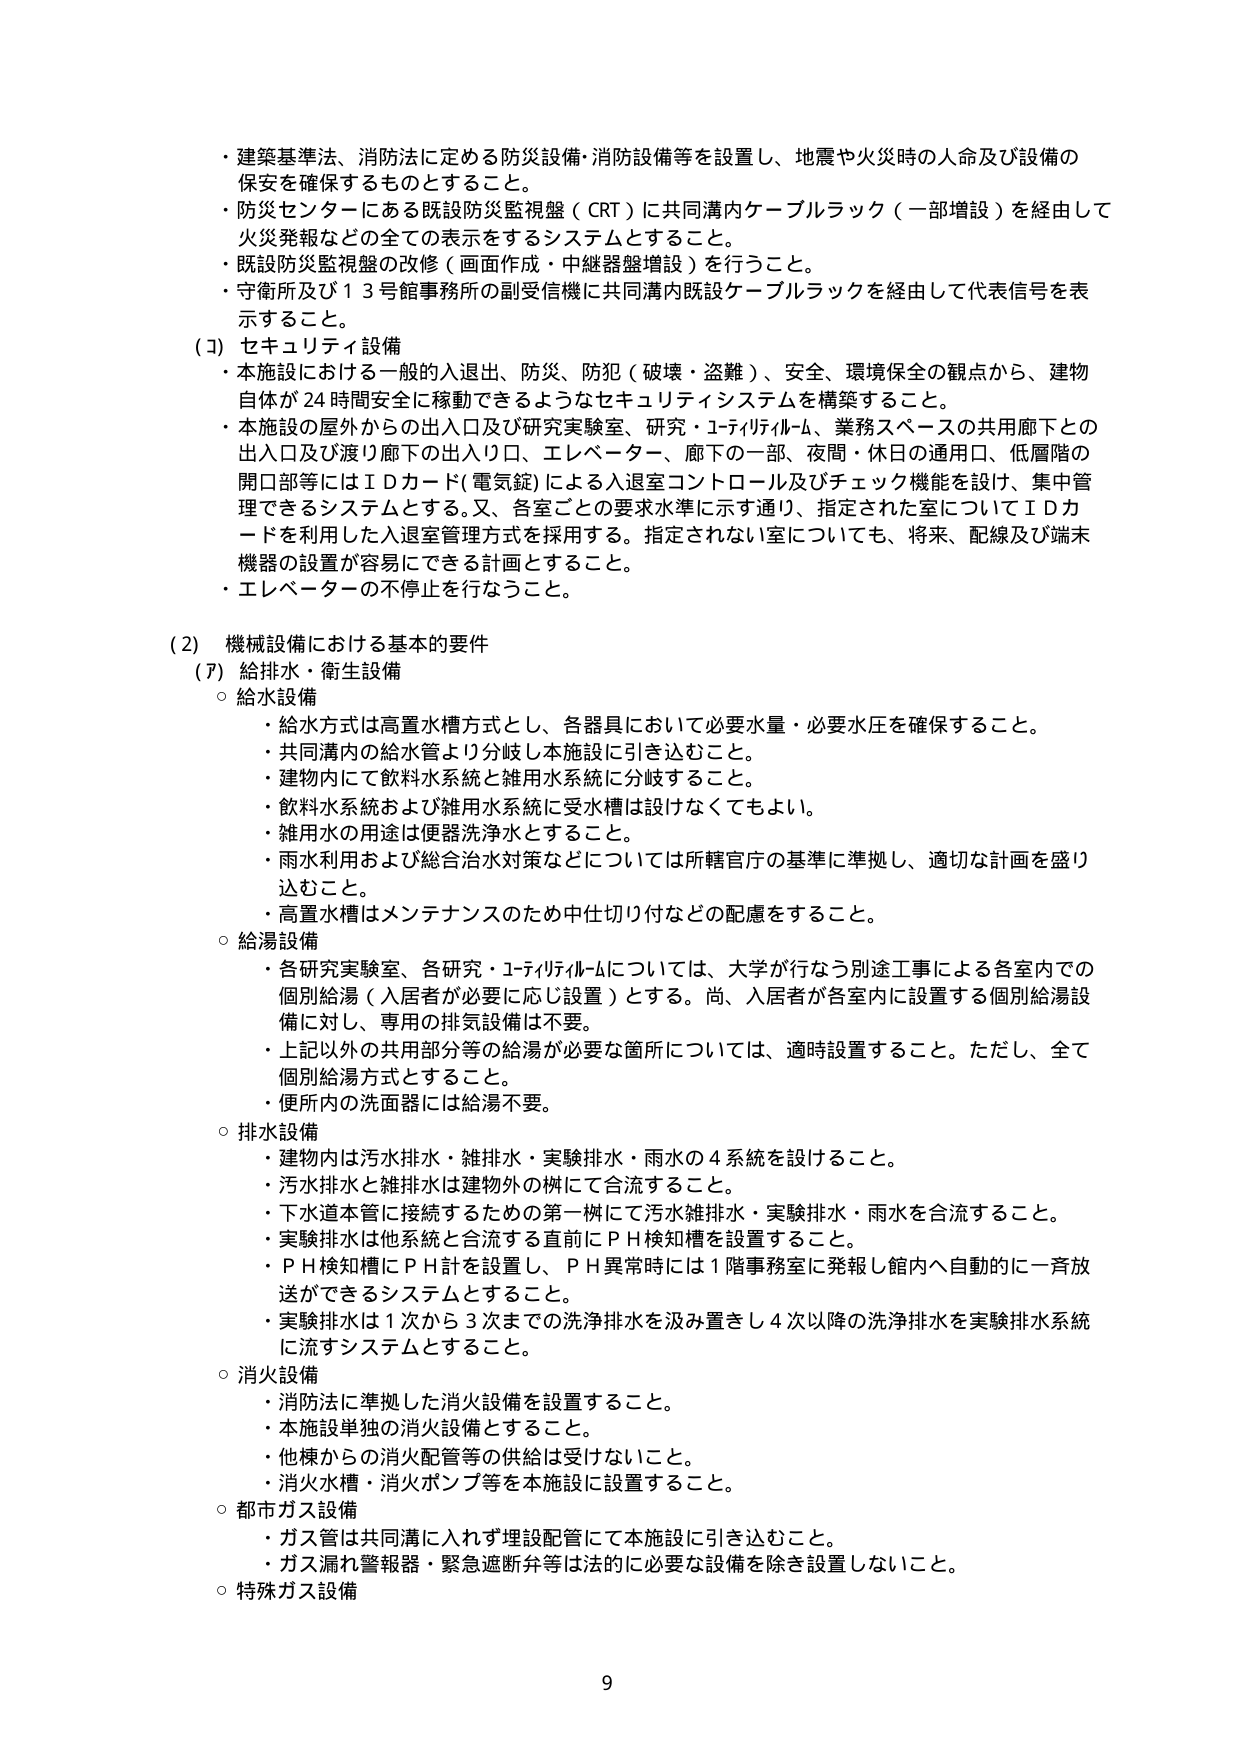
・建築基準法、消防法に定める防災設備・消防設備等を設置し、地震や火災時の人命及び設備の保安を確保するものとすること。
・防災センターにある既設防災監視盤（CRT）に共同溝内ケーブルラック（一部増設）を経由して火災発報などの全ての表示をするシステムとすること。
・既設防災監視盤の改修（画面作成・中継器盤増設）を行うこと。
・守衛所及び１３号館事務所の副受信機に共同溝内既設ケーブルラックを経由して代表信号を表示すること。

（3）セキュリティ設備
・本施設における一般的入退出、防災、防犯（破壊・盗難）、安全、環境保全の観点から、建物自体が24時間安全に移動できるようなセキュリティシステムを構築すること。
・本施設の屋外からの出入口及び研究実験室、研究・ユーティリティルーム、業務スペースの共用廊下との出入口及び渡り廊下の出入口、エレベーター、廊下の一部、夜間・休日の通用口、低層階の開口部等にはＩＤカード（電気錠）による入退室コントロール及びチェック機能を設け、集中管理できるシステムとする。又、各室ごとの要求水準に示す通り、指定された室についてはＩＤカードを利用した入退室管理方式を採用する。指定されない室についても、将来、配線及び端末機器の設置が容易にできる計画とすること。
・エレベーターの不停止を行なうこと。

（2）機械設備における基本的要件
（7）給排水・衛生設備
○ 給水設備
・給水方式は高置水槽方式とし、各器具において必要水量・必要水圧を確保すること。
・共同溝内の給水管より分岐し本施設に引き込むこと。
・建物内にて飲料水系統と雑用水系統に分岐すること。
・飲料水系統および雑用水系統に受水槽は設けなくてもよい。
・雑用水の用途は便器洗浄水とすること。
・雨水利用および総合治水対策などについては所轄官庁の基準に準拠し、適切な計画を盛り込むこと。
・高置水槽はメンテナンスのため中仕切り付などの配慮をすること。

○ 給湯設備
・各研究実験室、各研究・ユーティリティルームについては、大学が行なう別途工事による各室内での個別給湯（入居者が必要に応じ設置）とする。尚、入居者が各室内に設置する個別給湯設備に対し、専用の排気設備は不要。
・上記以外の共用部分等の給湯が必要な箇所については、適時設置すること。ただし、全て個別給湯方式とすること。
・便所内の洗面器には給湯不要。

○ 排水設備
・建物内は汚水排水・雑排水・実験排水・雨水の4系統を設けること。
・汚水排水と雑排水は建物外の桝にて合流すること。
・下水道本管に接続するための第一桝にて汚水雑排水・実験排水・雨水を合流すること。
・実験排水は他系統と合流する直前にＰＨ検知槽を設置すること。
・ＰＨ検知槽にＰＨ計を設置し、ＰＨ異常時には1階事務室に発報し館内へ自動的に一斉放送ができるシステムとすること。
・実験排水は1次から3次までの洗浄排水を汲み置きし4次以降の洗浄排水を実験排水系統に流すシステムとすること。

○ 消火設備
・消防法に準拠した消火設備を設置すること。
・本施設単独の消火設備とすること。
・他棟からの消火配管等の供給は受けないこと。
・消火水槽・消火ポンプ等を本施設に設置すること。

○ 都市ガス設備
・ガス管は共同溝に入れず埋設配管にて本施設に引き込むこと。
・ガス漏れ警報器・緊急遮断弁等は法的に必要な設備を除き設置しないこと。

○ 特殊ガス設備

9